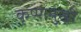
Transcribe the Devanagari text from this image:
कृष्णमुखी